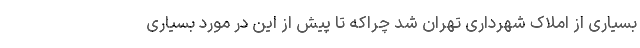
بسیاری از املاک شهرداری تهران شد چراکه تا پیش از این در مورد بسیاری